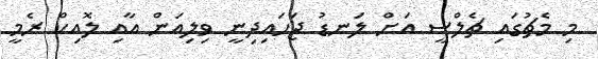
މި މެޗުގައި ޗެލްސީ އަށް ލަނޑު ޖަހައިދިނީ ވިލިއަން އާއި ލޮއިކް ރެމީ